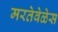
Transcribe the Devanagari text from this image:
मरतेवेळेस